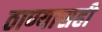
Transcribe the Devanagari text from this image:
ठाण्यासही